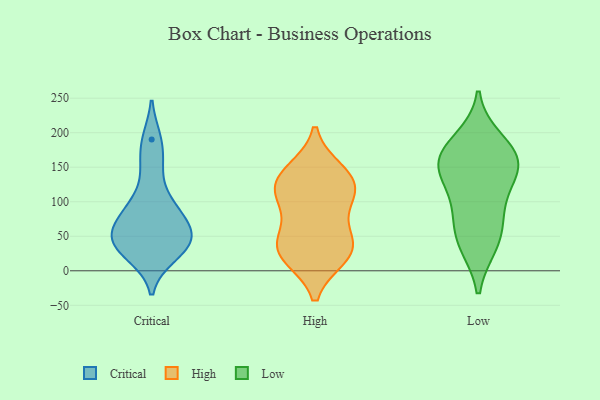
{"axis": {"x": "Active Users", "y": "Value"}, "legend": ["Critical", "High", "Low"], "data": [{"x": "", "y": 63, "type": "Critical"}, {"x": "", "y": 38, "type": "Critical"}, {"x": "", "y": 93, "type": "Critical"}, {"x": "", "y": 22, "type": "Critical"}, {"x": "", "y": 152, "type": "Critical"}, {"x": "", "y": 33, "type": "Critical"}, {"x": "", "y": 95, "type": "Critical"}, {"x": "", "y": 55, "type": "Critical"}, {"x": "", "y": 190, "type": "Critical"}, {"x": "", "y": 54, "type": "Critical"}, {"x": "", "y": 40, "type": "High"}, {"x": "", "y": 113, "type": "High"}, {"x": "", "y": 21, "type": "High"}, {"x": "", "y": 131, "type": "High"}, {"x": "", "y": 111, "type": "High"}, {"x": "", "y": 45, "type": "High"}, {"x": "", "y": 144, "type": "High"}, {"x": "", "y": 93, "type": "High"}, {"x": "", "y": 135, "type": "High"}, {"x": "", "y": 35, "type": "High"}, {"x": "", "y": 21, "type": "High"}, {"x": "", "y": 175, "type": "Low"}, {"x": "", "y": 189, "type": "Low"}, {"x": "", "y": 40, "type": "Low"}, {"x": "", "y": 154, "type": "Low"}, {"x": "", "y": 117, "type": "Low"}, {"x": "", "y": 38, "type": "Low"}, {"x": "", "y": 90, "type": "Low"}, {"x": "", "y": 152, "type": "Low"}, {"x": "", "y": 159, "type": "Low"}, {"x": "", "y": 69, "type": "Low"}, {"x": "", "y": 149, "type": "Low"}]}